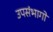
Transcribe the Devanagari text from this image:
उपसंभागों